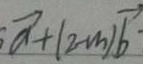
\overrightarrow { a } + ( 2 - m ) \overrightarrow { b }